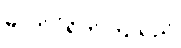
ဓာတ်ပုံရိုက်ကြသည်